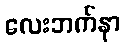
လေးဘက်နာ